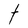
Character: t